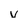
Character: v